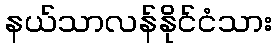
နယ်သာလန်နိုင်ငံသား